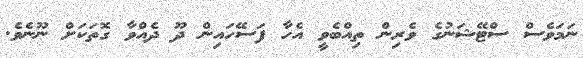
ނަމަވެސް ސްޓޭޝަނުގެ ވެރިން ތިއްބެވީ އެހާ ފަސޭހައިން ދޫ ދެއްވާ ގޮތަކަށް ނޫނެވެ.